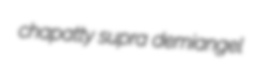
chapatty supra demiangel